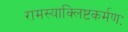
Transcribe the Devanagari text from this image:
रामस्याक्लिष्टकर्मणः